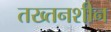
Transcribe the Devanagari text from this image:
तख्तनशीन